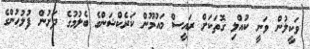
ވަކީލުން ވަނީ ކުއްލި ގޮތަކަށް ރައީސް މައުމޫން ކަރެކްޝަންގެ ބެލުމުގެ ދަށުން ފުލުހުންގެ